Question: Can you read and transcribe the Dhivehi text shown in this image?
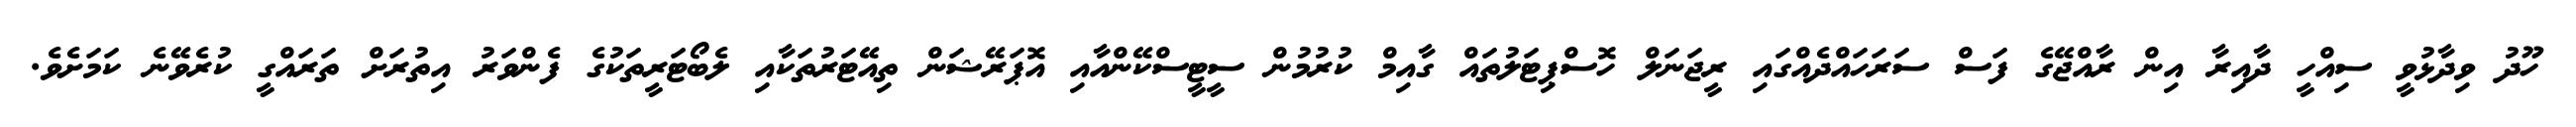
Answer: ހޫދު ވިދާޅުވީ ސިއްހީ ދާއިރާ އިން ރާއްޖޭގެ ފަސް ސަރަހައްދެއްގައި ރީޖަނަލް ހޮސްޕިޓަލުތައް ގާއިމް ކުރުމުން ސީޓީސްކޭންއާއި އޮޕަރޭޝަން ތިއޭޓަރުތަކާއި ލެބޯޓަރީތަކުގެ ފެންވަރު އިތުރަށް ތަރައްގީ ކުރެވޭނެ ކަމަށެވެ.